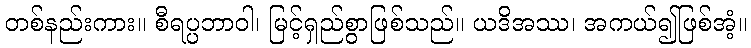
တစ်နည်းကား။ စီရပ္ပဘာဝါ၊ မြင့်ရှည်စွာဖြစ်သည်။ ယဒိအဿ၊ အကယ်၍ဖြစ်အံ့။